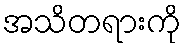
အသိတရားကို